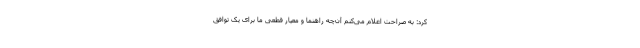
کرد: به صراحت اعلام می‌کنم آن‌چه راهنما و معیار قطعی ما برای یک توافق